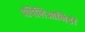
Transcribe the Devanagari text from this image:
पपिलिआनिडी